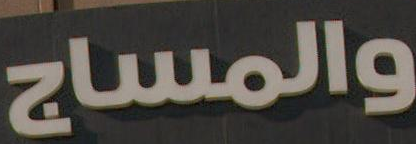
والمساج